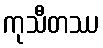
ကုသီတဿ